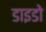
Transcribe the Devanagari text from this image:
डाइडो